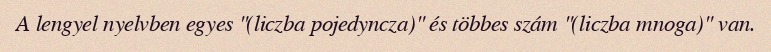
A lengyel nyelvben egyes "(liczba pojedyncza)" és többes szám "(liczba mnoga)" van.